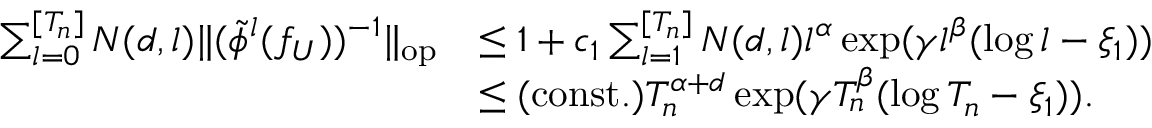
\begin{array} { r l } { \sum _ { l = 0 } ^ { [ T _ { n } ] } N ( d , l ) \| ( \tilde { \phi } ^ { l } ( f _ { U } ) ) ^ { - 1 } \| _ { \mathrm { { o p } } } } & { \leq 1 + c _ { 1 } \sum _ { l = 1 } ^ { [ T _ { n } ] } N ( d , l ) l ^ { \alpha } \exp ( \gamma l ^ { \beta } ( \log { l } - \xi _ { 1 } ) ) } \\ & { \leq \mathrm { ( c o n s t . ) } T _ { n } ^ { \alpha + d } \exp ( \gamma T _ { n } ^ { \beta } ( \log { T _ { n } } - \xi _ { 1 } ) ) . } \end{array}